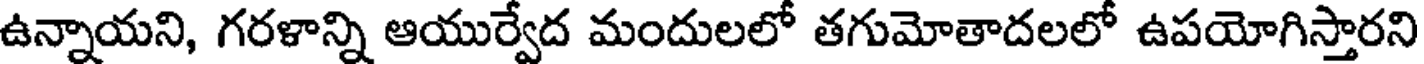
ఉన్నాయని, గరళాన్ని ఆయుర్వేద మందులలో తగుమోతాదలలో ఉపయోగిస్తారని